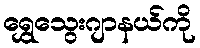
ရွှေသွေးဂျာနယ်ကို